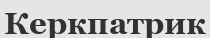
Керкпатрик